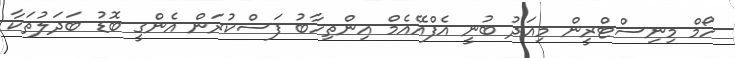
ހޯމް މިނިސްޓްރީން މިއަދު ބުނީ އެފްއޭއެމް އިންތިހާބު ފަސްކުރަން އެންގީ ބޮޑު ބަދަލުތަކާ